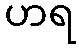
ဟရ